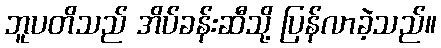
ဘူပတိသည် အိပ်ခန်းဆီသို့ ပြန်လာခဲ့သည်။